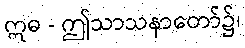
ဣဓ - ဤသာသနာတော်၌၊